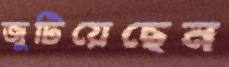
জুটিয়েছেন